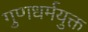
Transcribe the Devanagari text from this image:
गुणधर्मयुक्त